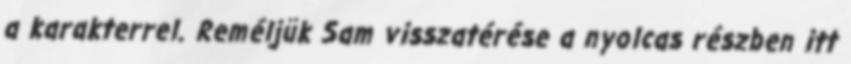
a karakterrel. Reméljük Sam visszatérése a nyolcas részben itt